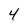
Character: 4